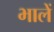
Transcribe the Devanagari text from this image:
भालें